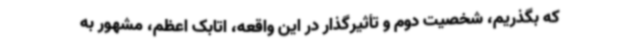
که بگذریم، شخصیت دوم و تأثیرگذار در این واقعه، اتابک اعظم، مشهور به